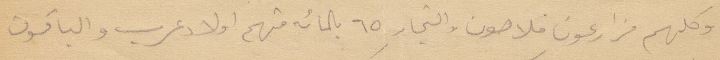
وكلهم مزارعون فلاحون والتجارة ٦٥ بالمئة منهم أولاد عرب والباقون